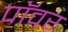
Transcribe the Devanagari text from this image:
पाॅवर